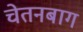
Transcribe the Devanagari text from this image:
चेतनबाग